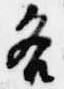
各